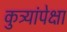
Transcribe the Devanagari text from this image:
कुत्र्यांपेक्षा